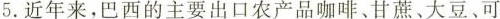
5.近年来，巴西的主要出口农产品咖啡、甘蔗、大豆、可